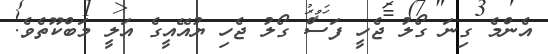
އެންމެ ގިނަ ގޯލު ޖެހީ ފަސް ގޯލު ޖެހި ޔުއޭއީގެ އަލީ މަބްކޫތެވެ.